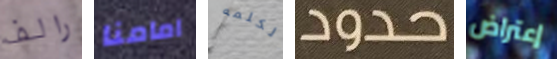
رالف امامنا الكلمه حدود إعتراض